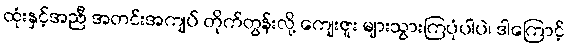
ထုံးနှင့်အညီ အတင်းအကျပ် တိုက်တွန်းလို့ ကျေးဇူး များသွားကြပုံပါပဲ၊ ဒါကြောင့်